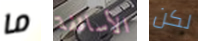
ما الأساقفة لكن